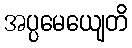
အပ္ပမေယျေတိ